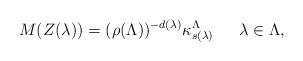
LaTeX: \begin{align*}M(Z(\lambda))=(\rho(\Lambda))^{-d(\lambda)}\kappa^{\Lambda}_{s(\lambda)}\quad\;\; \lambda\in\Lambda,\end{align*}